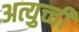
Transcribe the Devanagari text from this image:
अत्युच्ची